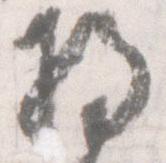
将